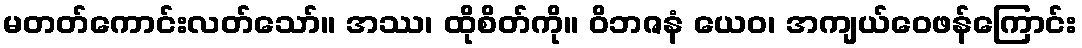
မတတ်ကောင်းလတ်သော်။ အဿ၊ ထိုစိတ်ကို။ ဝိဘဇနံ ယေဝ၊ အကျယ်ဝေဖန်ကြောင်း